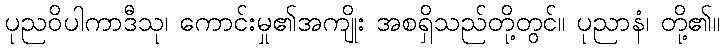
ပုညဝိပါကာဒီသု၊ ကောင်းမှု၏အကျိုး အစရှိသည်တို့တွင်။ ပုညာနံ၊ တို့၏။